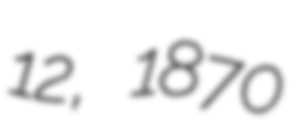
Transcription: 12, 1870